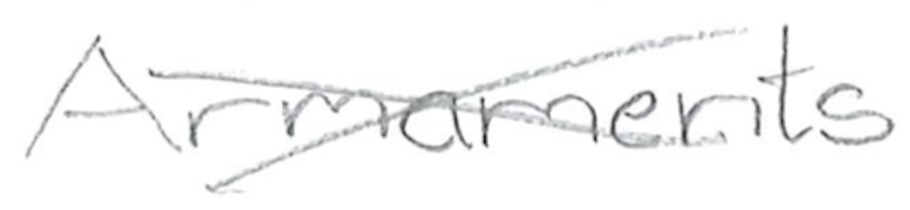
Text: Armaments
Cross-out: cross
Writing tool: pencil